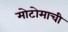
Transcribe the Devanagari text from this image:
मोटोमाची